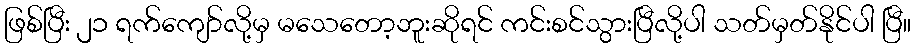
ဖြစ်ပြီး ၂၁ ရက်ကျော်လို့မှ မသေတော့ဘူးဆိုရင် ကင်းစင်သွားပြီလို့ပါ သတ်မှတ်နိုင်ပါ ပြီ။